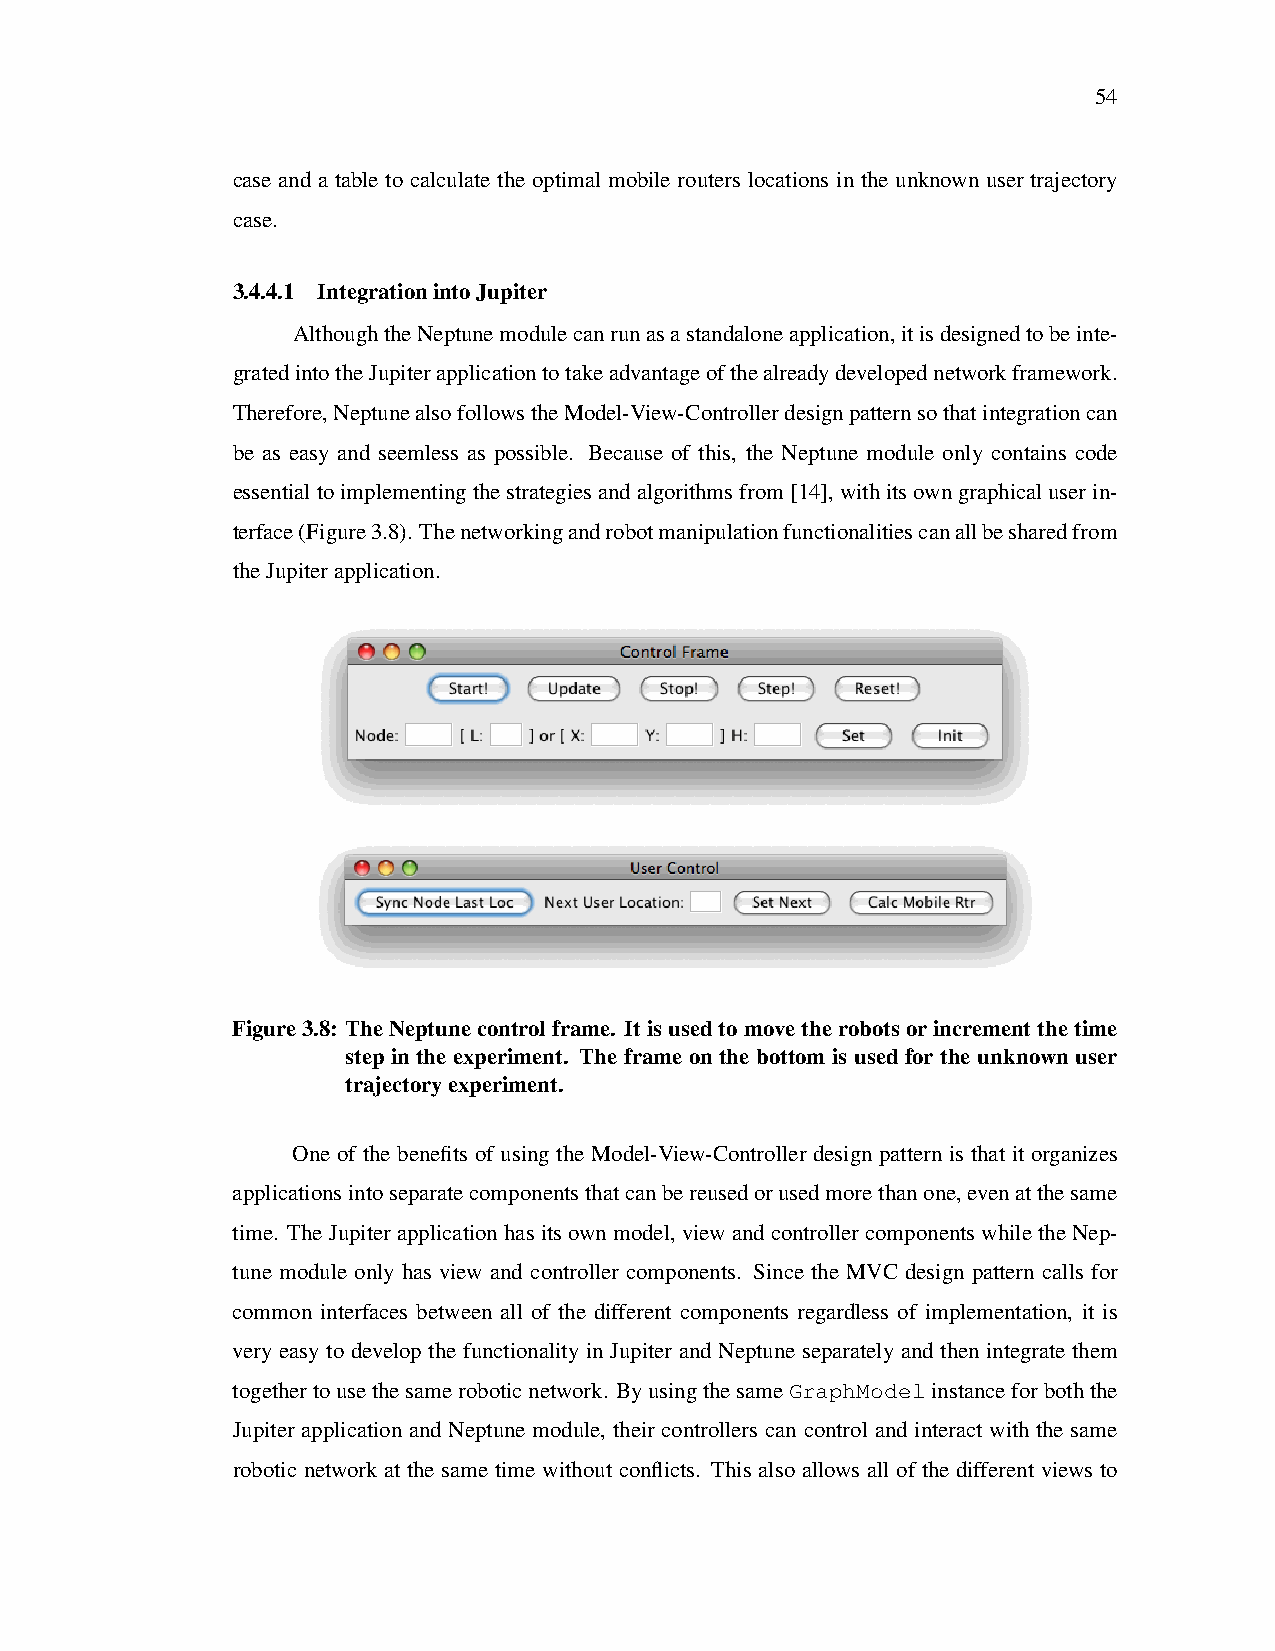
54
 case and a table to calculate the optimal mobile routers locations in the unknown user trajectory
 case.
 3.4.4.1 IntegrationintoJupiter
 AlthoughtheNeptunemodulecanrunasastandaloneapplication,itisdesignedtobeinte-
 gratedintotheJupiterapplicationtotakeadvantageofthealreadydevelopednetworkframework.
 Therefore,NeptunealsofollowstheModel-View-Controllerdesignpatternsothatintegrationcan
 be as easy and seemless as possible. Because of this, the Neptune module only contains code
 essentialtoimplementingthestrategiesandalgorithmsfrom[14],withitsowngraphicaluserin-
 terface(Figure3.8). Thenetworkingandrobotmanipulationfunctionalitiescanallbesharedfrom
 theJupiterapplication.
 Figure3.8: TheNeptunecontrolframe. Itisusedtomovetherobotsorincrementthetime
 step in the experiment. The frame on the bottom is used for the unknown user
 trajectoryexperiment.
 One of the benefits of using the Model-View-Controller design pattern is that it organizes
 applicationsintoseparatecomponentsthatcanbereusedorusedmorethanone,evenatthesame
 time. TheJupiterapplicationhasitsownmodel, viewandcontrollercomponentswhiletheNep-
 tune module only has view and controller components. Since the MVC design pattern calls for
 common interfaces between all of the different components regardless of implementation, it is
 very easy to develop the functionality in Jupiter and Neptune separately and then integrate them
 togethertousethesameroboticnetwork. ByusingthesameGraphModelinstanceforboththe
 Jupiter application and Neptune module, their controllers can control and interact with the same
 robotic network at the same time without conflicts. This also allows all of the different views to